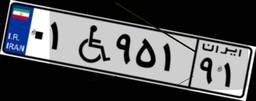
۰۱W۹۵۱۹۱